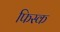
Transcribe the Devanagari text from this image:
फिस्‍क